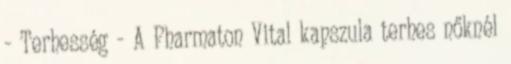
- Terhesség - A Pharmaton Vital kapszula terhes nőknél